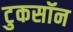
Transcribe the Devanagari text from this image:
टुकसॉन